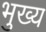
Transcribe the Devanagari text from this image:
भुख्य